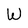
Character: W